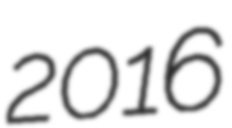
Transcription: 2016